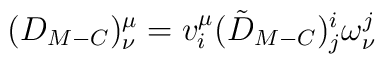
(D_{M-C})^{\mu}_{\nu}=v_i^{\mu}(\tilde{D}_{M-C})^i_j\omega^j_{\nu}